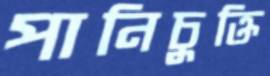
পানিচুক্তি